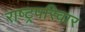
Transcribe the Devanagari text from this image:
राष्ट्रपरिवार